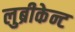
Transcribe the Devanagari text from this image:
लुब्रीकेन्ट